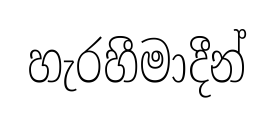
හැරහීමාදීන්